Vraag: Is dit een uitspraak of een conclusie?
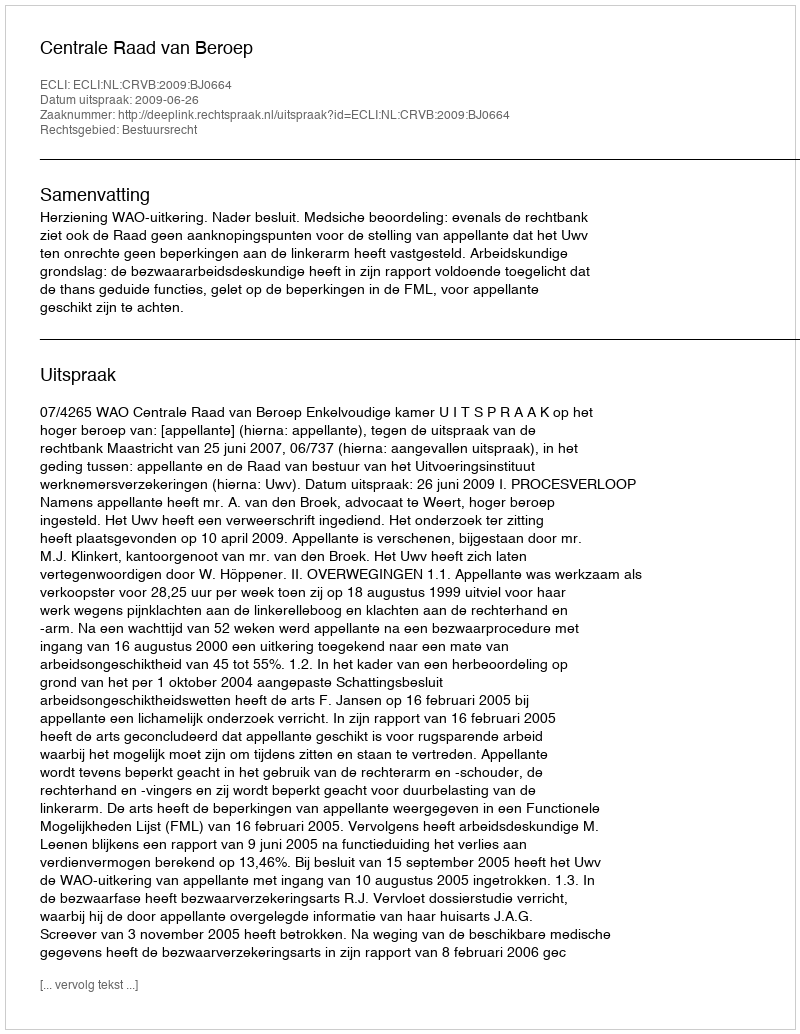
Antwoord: Uitspraak